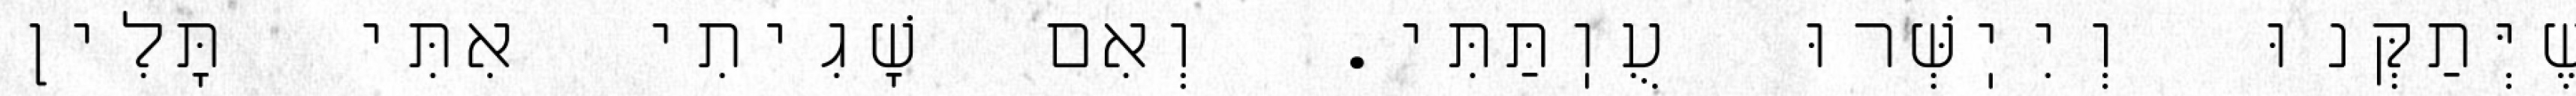
שֶׁיְּתַקְּנוּ וְיִיֽשְּׁרוּ עֻוֽתַּתִּי. וְאִם שָׁגִיתִי אִתִּי תָּלִין